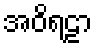
အဝိရဠာ